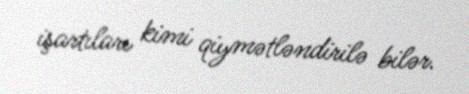
işartıları kimi qiymətləndirilə bilər.